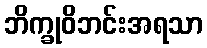
ဘိက္ခုဝိဘင်းအရသာ